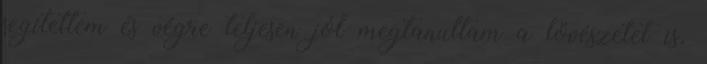
segítettem és végre teljesen jól megtanultam a lövészetet is.